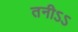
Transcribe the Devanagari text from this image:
तनीऽऽ